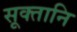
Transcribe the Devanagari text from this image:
सूक्तानि